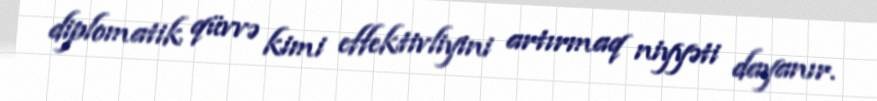
diplomatik qüvvə kimi effektivliyini artırmaq niyyəti dayanır.